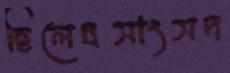
ছিলেন্রসাংসদ